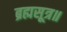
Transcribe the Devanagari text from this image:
ब्रह्मसूत्र॥